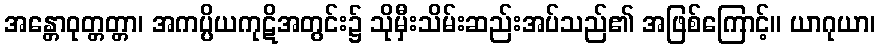
အန္တောဝုတ္တတ္တာ၊ အကပ္ပိယကုဋိအတွင်း၌ သိုမှီးသိမ်းဆည်းအပ်သည်၏ အဖြစ်ကြောင့်။ ယာဂုယာ၊